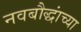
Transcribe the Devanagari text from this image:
नवबौद्धांच्या